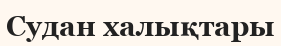
Судан халықтары